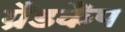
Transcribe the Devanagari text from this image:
ग्रैंडकैंप